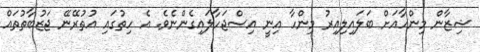
ޝިޒާން މިންހާއަށް ބަލައިލިއިރު މިންހާ އިނީ އިސްޖަހާލައިގެންނެވެ. އެ ހިތުގައި އުތުރޭނޭ ޖަޒުބާތުތައް